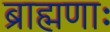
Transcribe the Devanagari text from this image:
ब्राह्मणाः